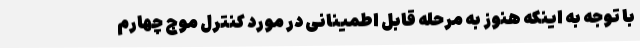
با توجه به اینکه هنوز به مرحله قابل اطمینانی در مورد کنترل موج چهارم